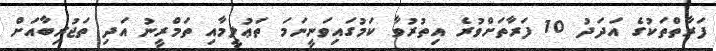
ފަރާތްތަކުގެ އަދަދު 10 ފަރާތަށްވުރެ އިތުރުވާ ކަމުގައިވަނީނަމަ ތަޢުލީމާއި ތަމްރީނު އަދި ތަޖުރިބާއަށް